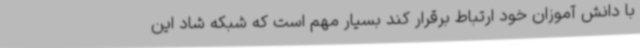
با دانش آموزان خود ارتباط برقرار کند بسیار مهم است که شبکه شاد این